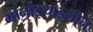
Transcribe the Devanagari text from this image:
मोनोइथाइलीन